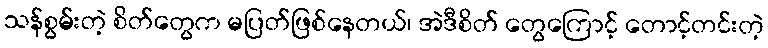
သန်စွမ်းတဲ့ စိတ်တွေက မပြတ်ဖြစ်နေတယ်၊ အဲဒီစိတ် တွေကြောင့် တောင့်တင်းတဲ့